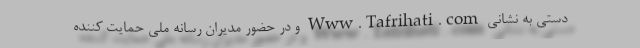
دستی به نشانی Www.Tafrihati.com و در حضور مدیران رسانه ملی حمایت کننده